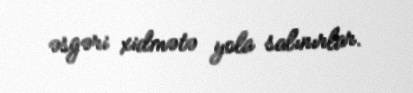
əsgəri xidmətə yola salınırlar.